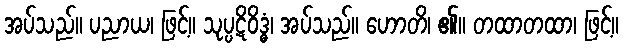
အပ်သည်။ ပညာယ၊ ဖြင့်။ သုပ္ပဋိဝိဒ္ဓံ၊ အပ်သည်။ ဟောတိ၊ ၏။ တထာတထာ၊ ဖြင့်။